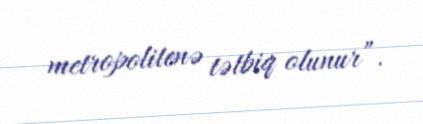
metropolitenə tətbiq olunur”.